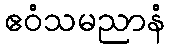
ဧဝံသမညာနံ